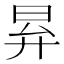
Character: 昪